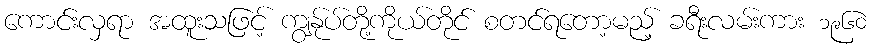
ကောင်းလှရာ အထူးသဖြင့် ကျွန်ုပ်တို့ကိုယ်တိုင် စတင်ရတော့မည့် ခရီးလမ်းကား ၁၉၆၀